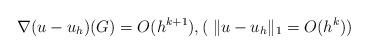
LaTeX: \begin{align*} \nabla (u-u_h)(G) = O(h^{k+1}), ( \; \|u-u_h\|_1 = O(h^k)) \end{align*}